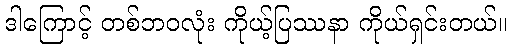
ဒါကြောင့် တစ်ဘဝလုံး ကိုယ့်ပြဿနာ ကိုယ်ရှင်းတယ်။